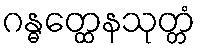
ဂန္ဓတ္ထေနသုတ္တံ